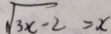
\sqrt { 3 x - 2 } = x